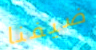
ضيفنا